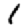
Digit: 1